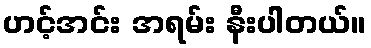
ဟင့်အင်း အရမ်း နီးပါတယ်။